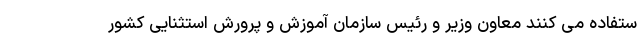
ستفاده می کنند معاون وزیر و رئیس سازمان آموزش و پرورش استثنایی کشور